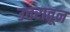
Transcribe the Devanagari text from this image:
उत्तरातून